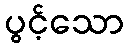
ပွင့်သော